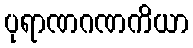
ပုရာဏဂဏကိယာ